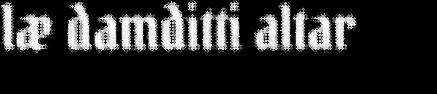
læ damditti altar